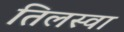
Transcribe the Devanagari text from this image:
तिलस्वा